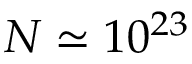
N \simeq 1 0 ^ { 2 3 }